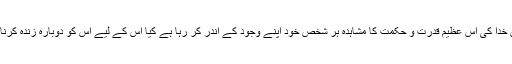
مطلب یہ ہے کہ جس خدا کی اس عظیم قدرت و حکمت کا مشاہدہ ہر شخص خود اپنے وجود کے اندر کر رہا ہے کیا اس کے لیے اس کو دوبارہ زندہ کرنا ناممکن ہو جائے گا!